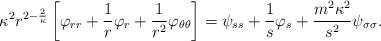
LaTeX: \begin{align*}\kappa^2 r^{2 - \frac{2}{\kappa}}\left[\varphi_{rr} + \frac{1}{r} \varphi_{r} + \frac{1}{r^2} \varphi_{\theta \theta}\right] = \psi_{ss} + \frac{1}{s} \varphi_{s} + \frac{m^2 \kappa^2}{s^2} \psi_{\sigma \sigma}.\end{align*}